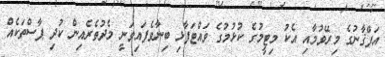
އަފްޤާނުގެ މިރޭވުމާއި އެކު މިޓީމުގެ ކުޅުމުގެ ވައްޓަފާޅި ބިނާވެފައިވަނީ މެދުތެރެއިން ކުދި ޕާސްތަކެއް